Sketch of the medical history of the native army of Bombay, for the year
Year: 1875
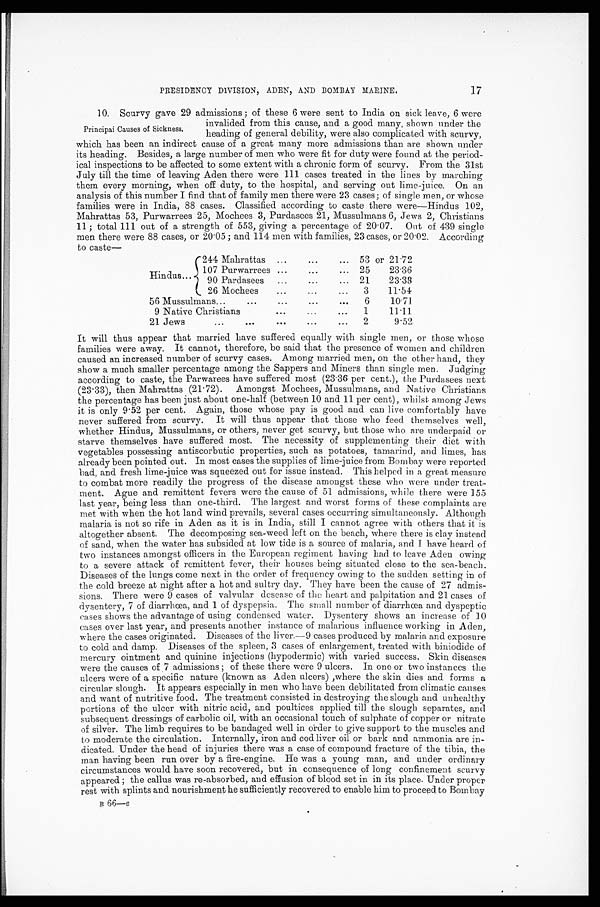
PRESIDENCY DIVISION, ADEN, AND BOMBAY MARINE.
17
10. Scurvy gave 29 admissions; of these 6 were sent to India on sick leave, 6 were
invalided from this cause, and a good many, shown under the
heading of general debility, were also complicated with scurvy,
which has been an indirect cause of a great many more admissions than are shown under
its heading. Besides, a large number of men who were fit for duty were found at the period
-ical inspections to be affected to some extent with a chronic form of scurvy. From the 31st
July till the time of leaving Aden there were 111 cases treated in the lines by marching
them every morning, when off duty, to the hospital, and serving out lime-juice. On an
analysis of this number I find that of family men there were 23 cases; of single men, or whose
families were in India, 88 cases. Classified according to caste there were—Hindus 102,
Mahrattas 53, Purwarrees 25, Mochees 3, Purdasees 21, Mussulmans 6, Jews 2, Christians
11; total 111 out of a strength of 553, giving a percentage of 20·07. Out of 439 single
men there were 88 cases, or 20·05; and 114 men with families, 23 cases, or 20·02. According
to caste —
Hindus
244 Mahrattas
53 or 21·72
107 Purwarrees
25
23·36
90 Pardasees
21
23·33
26 Mochees
3
11·54
56 Mussulmans
6
10·71
9 N a t i v e C h r i s t i a n s 1
11·11
21 Jews
2
9·52
It will thus appear that married have suffered equally with single men, or those whose
families were away. It cannot, therefore, be said that the presence of women and children
caused an increased number of scurvy cases. Among married men, on the other hand, they
show a much smaller percentage among the Sappers and Miners than single men. Judging
according to caste, the Parwarees have suffered most (23·36 per cent.), the Purdasees next
(23·33), then Mahrattas (21·72). Amongst Mochees, Mussulmans, and Native Christians
the percentage has been just about one-half (between 10 and 11 per cent), whilst among Jews
it is only 9·52 per cent, Again, those whose pay is good and can live comfortably have
never suffered from scurvy. It will thus appear that those who feed themselves well,
whether Hindus, Mussulmans, or others, never get scurvy, but those who are underpaid or
starve themselves have suffered most. The necessity of supplementing their diet with
vegetables possessing antiscorbutic properties, such as potatoes, tamarind, and limes, has
already been pointed out. In most cases the supplies of lime-juice from Born bay were reported
bad, and fresh lime juice was squeezed out for issue instead. This helped in a great measure
to combat more readily the progress of the disease amongst these who were under treat
-ment. Ague and remittent fevers were the cause of 51 admissions, while there were 155
last year, being less than one-third. The largest and worst forms of these complaints are
met with when the hot land wind prevails, several cases occurring simultaneously. Although
malaria is not so rife in Aden as it is in India, still I cannot agree with others that it is
altogether absent. The decomposing sea-weed left on the beach, where there is clay instead
of sand, when the water has subsided at low tide is a source of malaria, and I have heard of
two instances amongst officers in the European regiment having had to leave Aden owing
to a severe attack of remittent fever, their houses being situated close to the sea-beach.
Diseases of the lungs come next in the order of frequency owing to the sudden setting in of
the cold breeze at night after a hot and sultry day. They have been the cause of 27 admis
-sions. There were 9 cases of valvular desease of the heart and palpitation and 21 cases of
dysentery, 7 of diarrhœa, and 1 of dyspepsia. The small number of diarrhœa and dyspeptic
cases shows the advantage of using condensed water. Dysentery shows an increase of 10
cases over last year, and presents another instance of malarious influence working in Aden,
where the cases originated. Diseases of the liver.—9 cases produced by malaria and exposure
to cold and damp. Diseases of the spleen, 3 cases of enlargement, treated with biniodide of
mercury ointment and quinine injections (hypodermic) with varied success. Skin diseases
were the causes of 7 admissions; of these there were 9 ulcers. In one or two instances the
ulcers were of a specific nature (known as Aden ulcers), where the skin dies and forms a
circular slough. It appears especially in men who have been debilitated from climatic causes
and want of nutritive food. The treatment consisted in destroying the slough and unhealthy
portions of the ulcer with nitric acid, and poultices applied till the slough separates, and
subsequent dressings of carbolic oil, with an occasional touch of sulphate of copper or nitrate
of silver. The limb requires to be bandaged well in order to give support to the muscles and
to moderate the circulation. Internally, iron and cod liver oil or bark and ammonia are in
-dicated. Under the head of injuries there was a case of compound fracture of the tibia, the
man having been run over by a fire-engine. He was a young man, and under ordinary
circumstances would have soon recovered, but in consequence of long confinement scurvy
appeared; the callus was re-absorbed, and effusion of blood set in its place. Under proper
rest with splints and nourishment he sufficiently recovered to enable him to proceed to Bombay
B 6 6 — e
Principai Causes of Sickness.